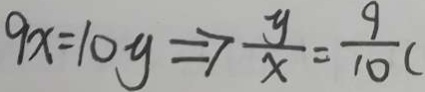
9 x = 1 0 y \Rightarrow \frac { y } { x } = \frac { 9 } { 1 0 } (